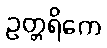
ဥတ္တရိကေ